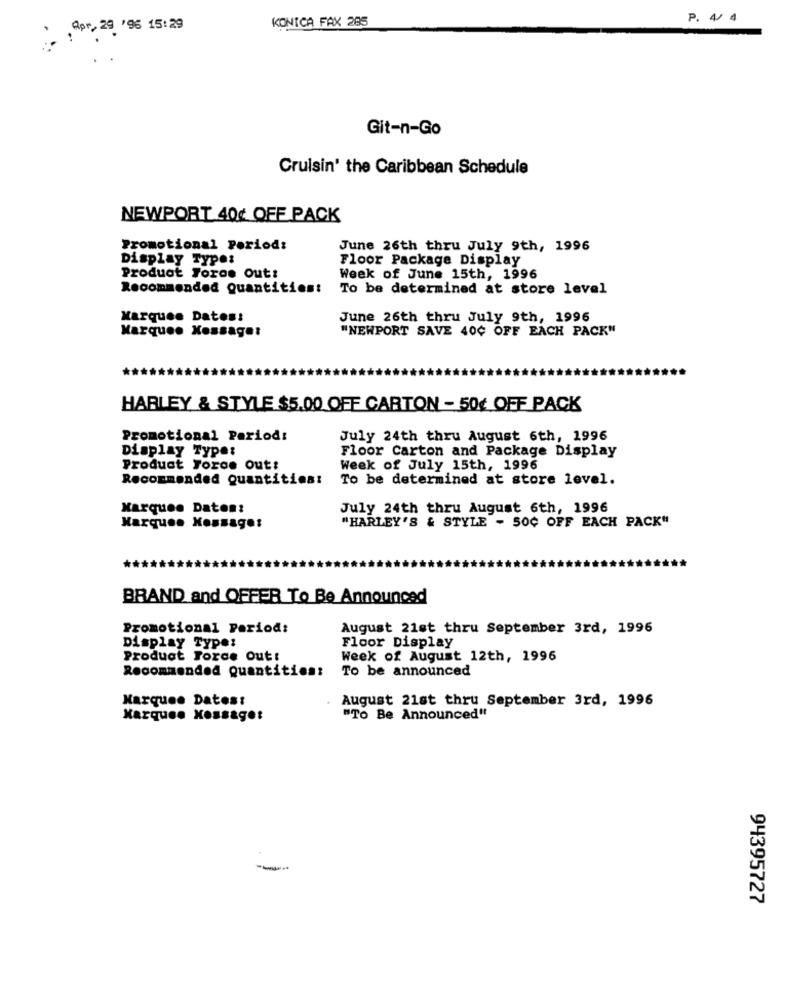
KONICA FAX 285
P. 4/ 4
Apr, 29 '96 15:29
Git-n-Go
Cruisin' the Caribbean Schedule
NEWPORT 40¢ OFF PACK
Promotional Period:
June 26th thru July 9th, 1996
Display Type:
Floor Package Display
Product Toros Out:
Week of June 15th, 1996
Recommended Quantities:
To be determined at store level
Marquee Datos!
June 26th thru July 9th, 1996
Marques Kossaget
"NEWPORT SAVE 400 OFF EACH PACK"
HARLEY & STYLE $5.00 OFF CARTON - 50¢ OFF PACK
Promotional Period:
July 24th thru August 6th, 1996
Display Type:
Floor Carton and Package Display
Product Toroe Out:
Week of July 15th, 1996
Recommended Quantities:
To be determined at store level.
Marquee Daten:
July 24th thru August 6th, 1996
"HARLEY'S & STYLE - SOC OFF EACH PACK"
Marques Xonsage:
BRAND and OFFER To Be Announced
Promotional Period:
August 21st thru September 3rd, 1996
Floor Display
Display Type:
Product Force Out:
Week of August 12th, 1996
Recommended Quantities:
To be announced
Marquee Datos:
August 21st thru September 3rd, 1996
Marquee Message:
"TO Be Announced"
---
94395727